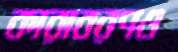
কারাবরণও